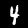
Label: 4